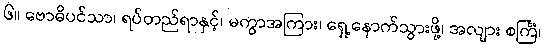
၆။ ဗောဓိပင်သာ၊ ရပ်တည်ရာနှင့်၊ မကွာအကြား၊ ရှေ့နောက်သွားဖို့၊ အလျား စင်္ကြံ၊